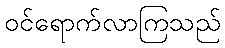
ဝင်ရောက်လာကြသည်